Source: Handwritten
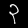
Digit: ၃ (3)